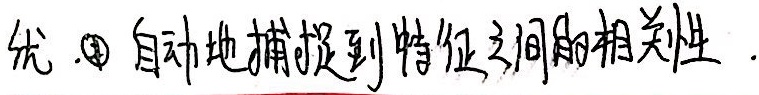
优. \textcircled{2} 自动地捕捉到特征之间的相关性.